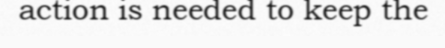
action is needed to keep the